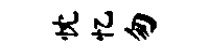
忱忆匆